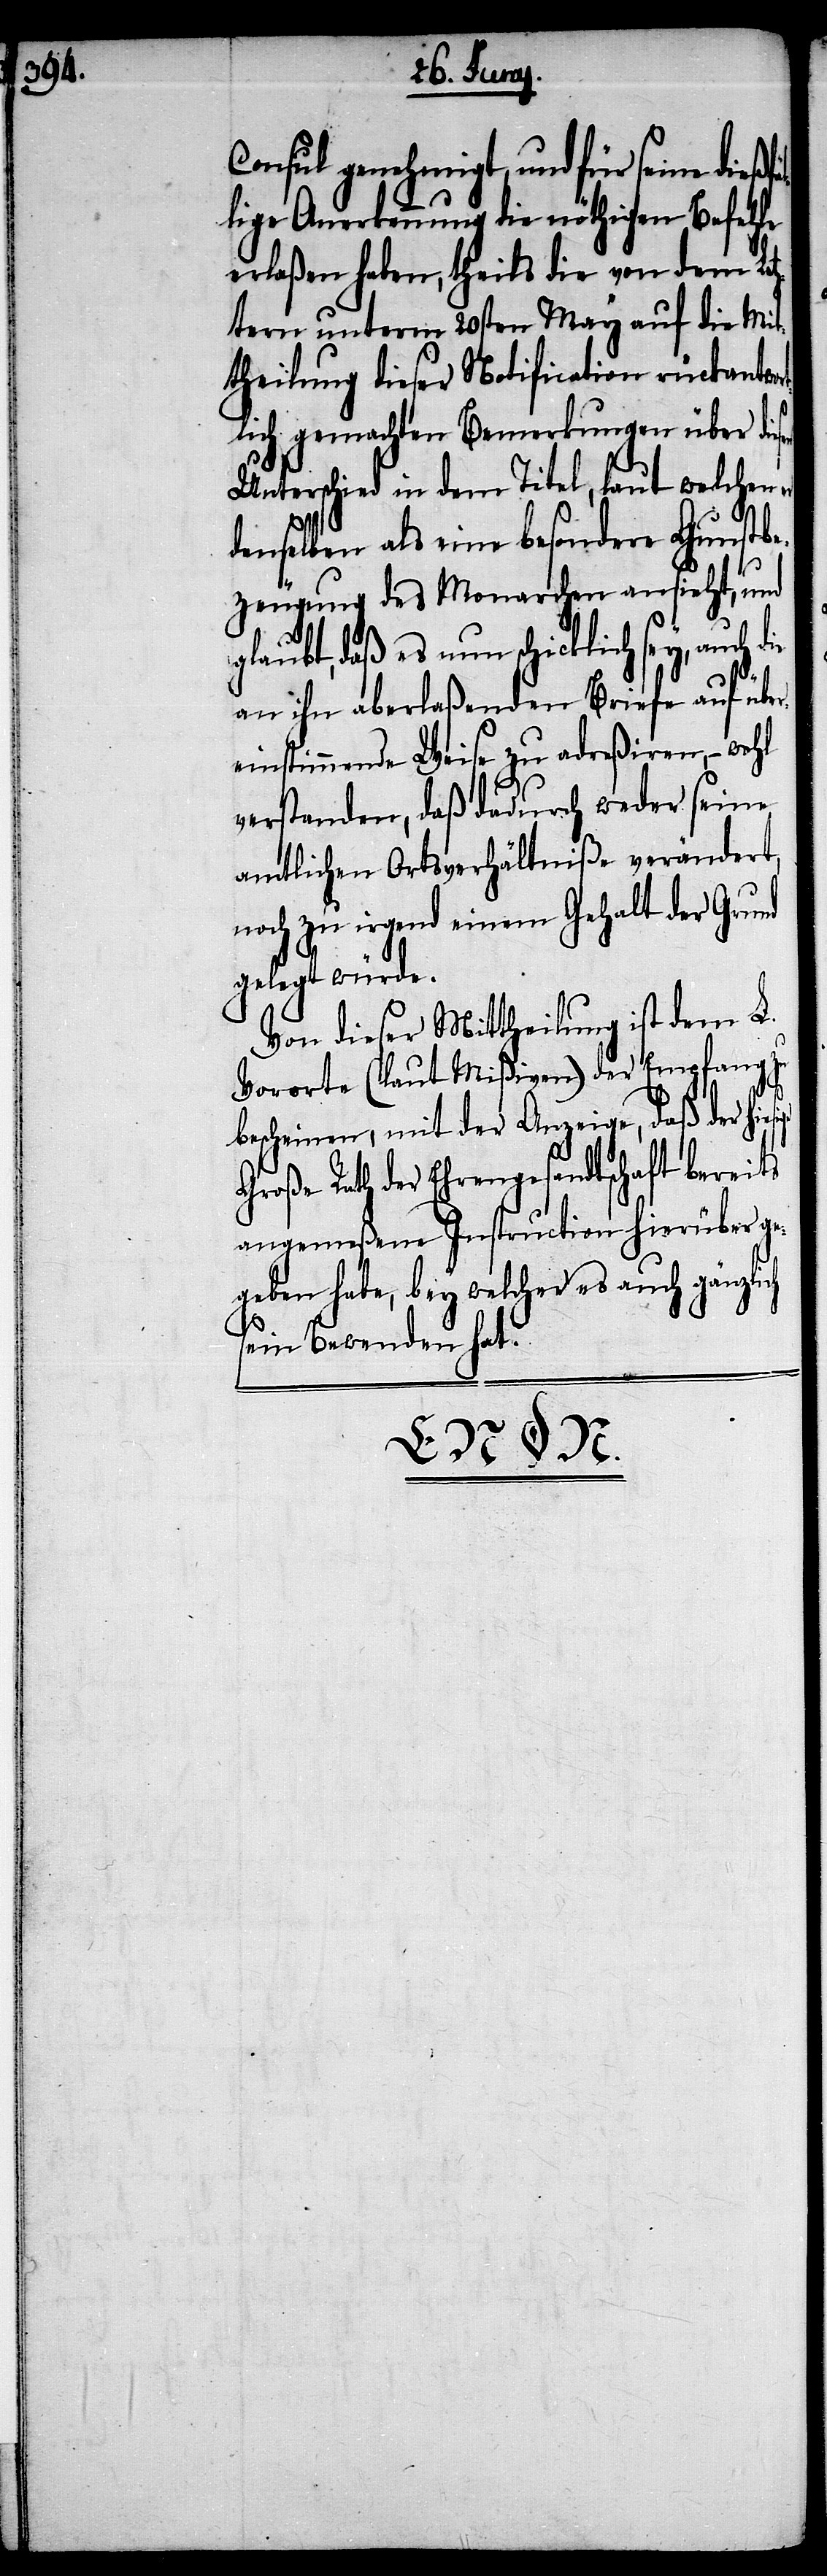
dießfäl¬

Consul genehmigt, und für seine
lige Anerkennung die nöthigen Befehle
erlaßen habe, theils die von dem Le¬
tztern unterm 20sten May auf die Mit¬
theilung dieser Modification rückantwor¬
tlich gemachten Bemerkungen über die¬
Unterschied in dem Titel, laut welchen
denselben als eine besondere Gunstbe¬
zeugung des Monarchen ansieht, und
glaubt, daß es nun schicklich sey, auch
an ihn aberlaßenden Briefe auf üb¬
einstimmende Weise zu adreßiren, – wohl
verstanden, daß dadurch weder seine
amtlichen Ortsverhältniße verändert,
noch zu irgend einem Gehalt der Grund
gelegt würde.
Von dieser Mittheilung ist dem L.
Vororte (lt. Mißiven) der Em¬
bescheinen, mit der Anzeige, daß der hi¬
ge¬
Große Rath der Ehrengesandtsch¬
angemeßene Instruction
geben habe, bey welcher
sein Bewenden hat.